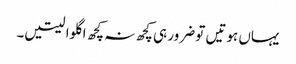
یہاں ہوتیں تو ضرور ہی کچھ نہ کچھ اگلوا لیتیں۔